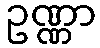
ဥဏ္ဏာ